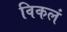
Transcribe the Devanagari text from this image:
विकलं